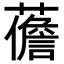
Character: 𧀻